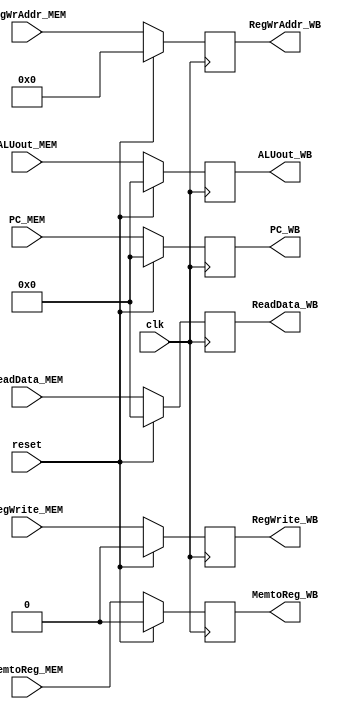
`timescale 1ns / 1ps

module MEM_WB(
    input clk,
    input reset,

    input RegWrite_MEM,
    input MemtoReg_MEM,
    input [4:0] RegWrAddr_MEM,
    input [31:0] ALUout_MEM,
    input [31:0] PC_MEM,
    input [31:0] ReadData_MEM,

    output reg RegWrite_WB,
    output reg MemtoReg_WB,
    output reg [4:0] RegWrAddr_WB,
    output reg [31:0] ALUout_WB,
    output reg [31:0] PC_WB,
    output reg [31:0] ReadData_WB
);
    always @(posedge clk)
    begin
        if (reset)
        begin
            RegWrite_WB <= 0;
            MemtoReg_WB <= 0;
            RegWrAddr_WB <= 0;
            ALUout_WB <= 0;
            PC_WB <= 0;
            ReadData_WB <= 0;
        end
        else begin
            RegWrite_WB <= RegWrite_MEM;
            MemtoReg_WB <= MemtoReg_MEM;
            RegWrAddr_WB <= RegWrAddr_MEM;
            ALUout_WB <= ALUout_MEM;
            PC_WB <= PC_MEM;
            ReadData_WB <= ReadData_MEM;
        end
    end

endmodule